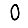
Digit: 0